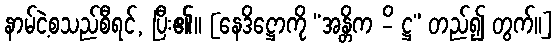
နာမ်ငဲ့စသည်စီရင်, ပြီး၏။ [နေဒိဋ္ဌောကို “အန္တိက -ိ ဋ္ဌ” တည်၍ တွက်။]